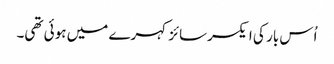
اُس بار کی ایکسرسائز کہرے میں ہوئی تھی۔